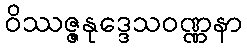
ဝိဿဇ္ဇနုဒ္ဒေသဝဏ္ဏနာ